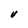
Character: V